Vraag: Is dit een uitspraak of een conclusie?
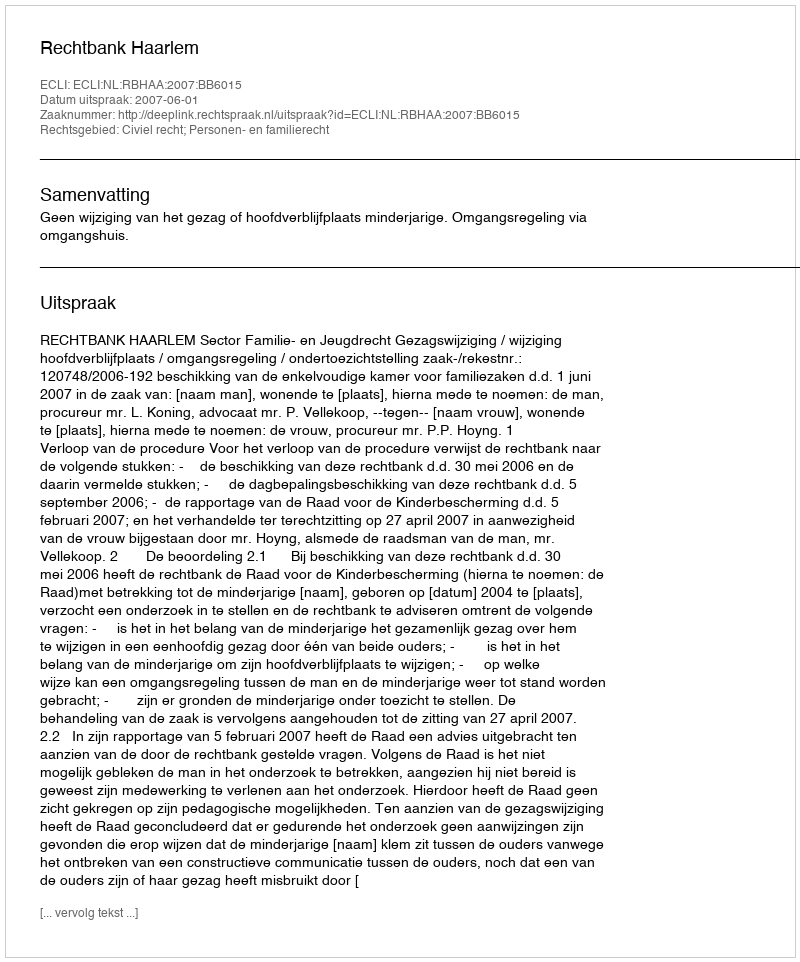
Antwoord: Uitspraak